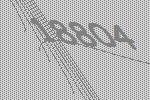
18804